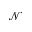
\mathcal { N }